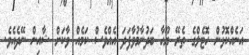
އަނެއްކޮޅުން ހޮޓެލްގެ ތެރޭ ޔޫހާ ބަދުނާމުވާފަދަ އެއްވެސް ކަމެއް ވާކަށް ޝާއިން ނޭދެއެވެ.